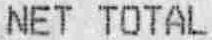
NET TOTAL